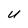
Character: U